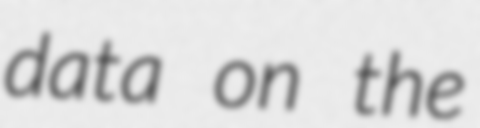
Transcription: data on the